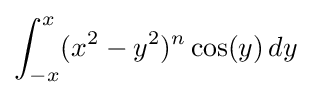
\int _{-x}^{x}(x^{2}-y^{2})^{n}\cos(y)\,dy